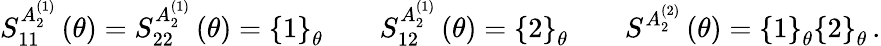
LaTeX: S_{11}^{A_{2}^{(1)}}\left(\theta\right)=S_{22}^{A_{2}^{(1)}}\left(\theta\right)=\left\{ 1\right\} _{\theta}\qquad S_{12}^{A_{2}^{(1)}}\left(\theta\right)=\left\{ 2\right\} _{\theta}\qquad S^{A_{2}^{(2)}}\left(\theta\right)=\left\{ 1\right\} _{\theta}\left\{ 2\right\} _{\theta}\, .